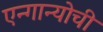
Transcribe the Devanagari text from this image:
एन्गान्योची